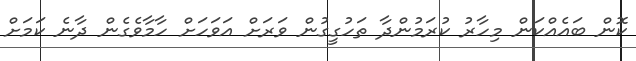
ކޮން ބައެއްކަން މިހާރު ކުރަމުންދާ ތަހުގީގުން ވަރަށް އަވަހަށް ހާމާވެގެން ދާނެ ކަމަަށް